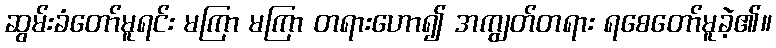
ဆွမ်းခံတော်မူရင်း မကြာ မကြာ တရားဟော၍ အကျွတ်တရား ရစေတော်မူခဲ့၏။